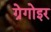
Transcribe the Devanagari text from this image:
ग्रेगोइर